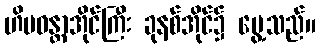
ဟိမဝန္တာအိုင်ကြီး ခုနစ်အိုင်၌ မွေ့သည်။